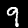
Digit: 9